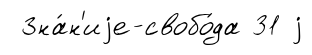
Зна́н'иjе-свобо́да 31 j